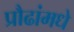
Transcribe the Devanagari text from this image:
प्रौढांमधे